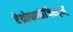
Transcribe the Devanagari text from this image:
ऐंथ्रोपालोजिस्ट्स्